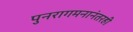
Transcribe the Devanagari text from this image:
पुनरागमनानंतरही